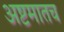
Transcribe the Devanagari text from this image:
अष्टमातच